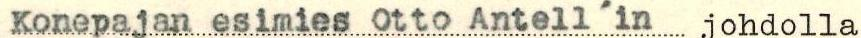
Konepajan esimies Otto Antell´in johdolla